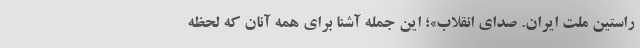
راستین ملت ایران. صدای انقلاب»؛ این جمله آشنا برای همه آنان که لحظه